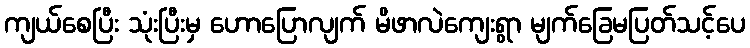
ကျယ်စေပြီး သုံးပြီးမှ ဟောပြောလျက် မိဖာလဲကျေးရွာ မျက်ခြေမပြတ်သင့်ပေ